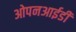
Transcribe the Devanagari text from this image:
ओपनआईडी